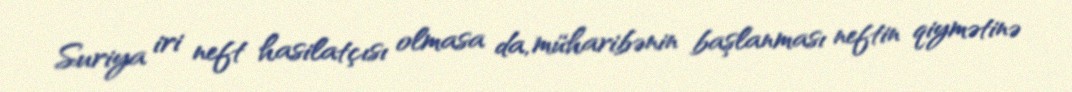
Suriya iri neft hasilatçısı olmasa da, müharibənin başlanması neftin qiymətinə